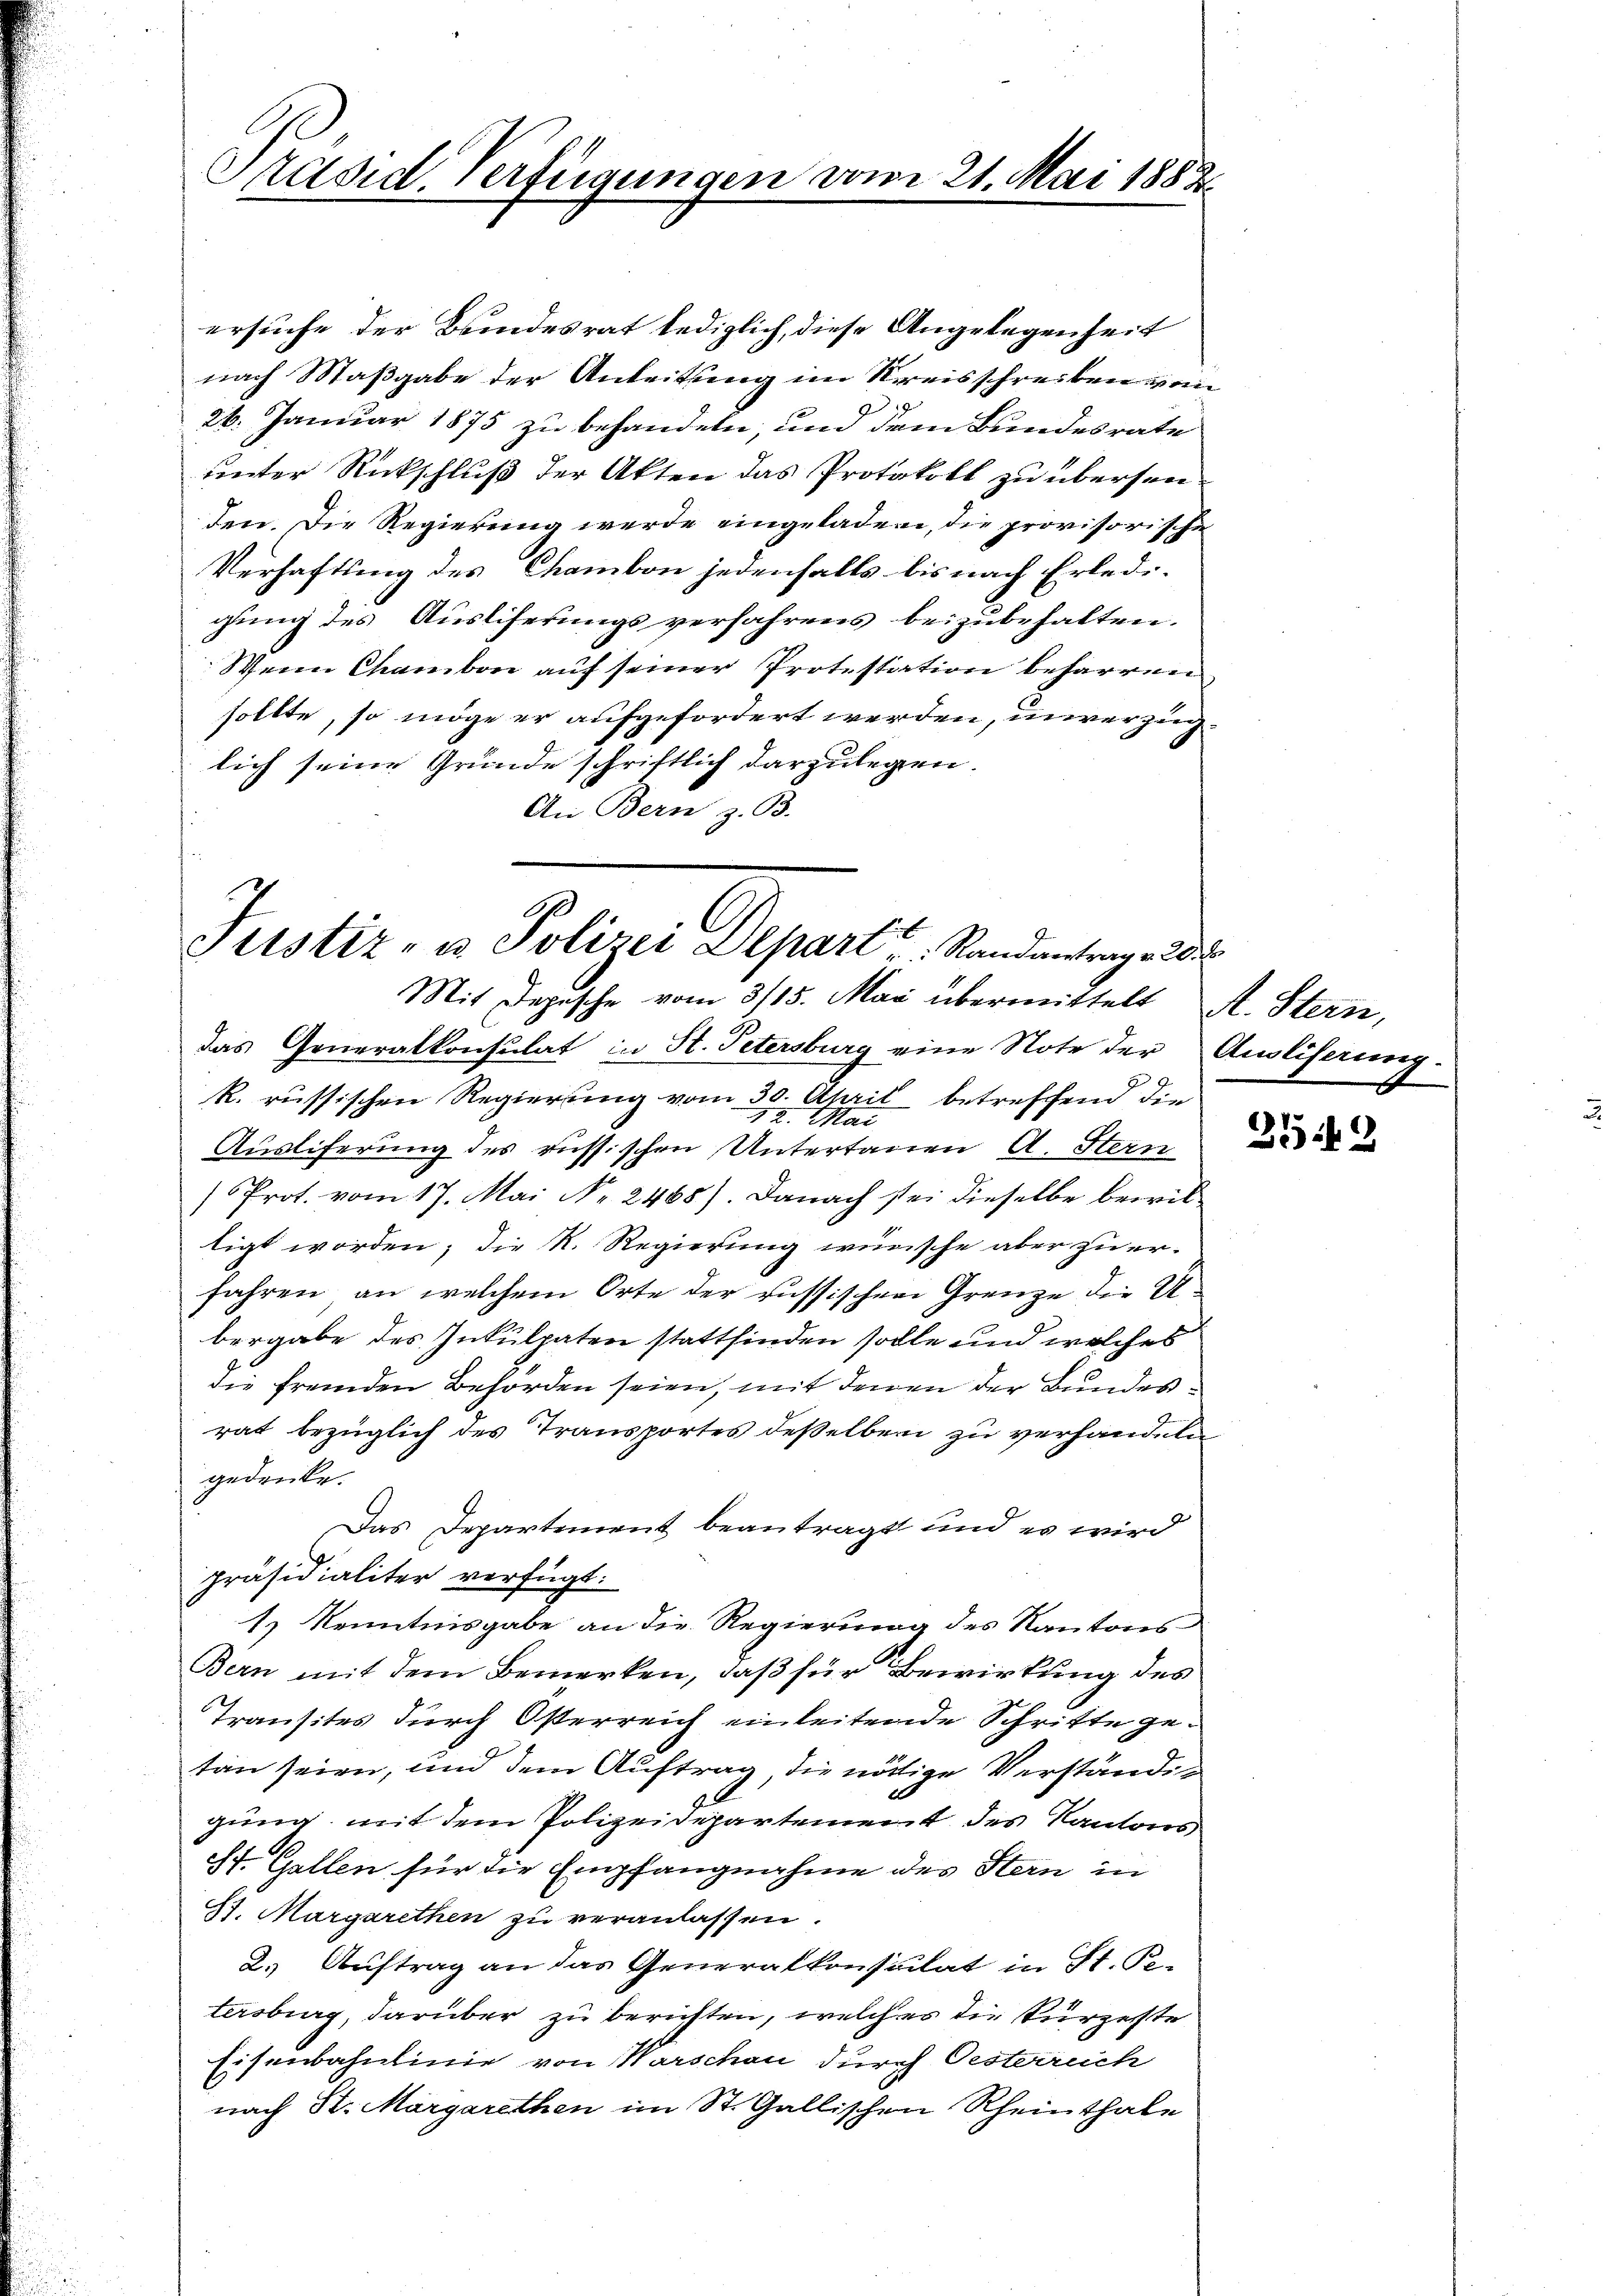
Präsid. Verfügungen.

ersuche der Bundesrat lediglich, diese Angelegenheit
nach Maßgabe der Anleitung im Kreisschreiben vom
26. Januar 1875 zu behandeln, und dem Bundesrate
unter Rückschluß der Akten das Protokoll zu übersen
den. Die Regierung werde eingeladen, die provisorische
Verhaftung des Chambon jedenfalls bis nach Erledigung des Auslieferungsverfahrens beizubehalten.
Wenn Chamben auf seiner Protestation beharren
sollte, so möge er aufgefordert werden, unverzüglich seine Grunde schriftlich darzulegen.
An Bern z. B.

21. Mai 1883.

Justiz- u Polizei Depart u. Randantrag 20 d
Mit Depesche vom 3/15. Mai übermittelt A. Stern,

das Generalkonsulat in St. Petersburg eine Note der Ausliserung.
R. russischen Regierung vom 30. April betreffend die
12. Mai
Ausliferung des russischen Untertanen A. Stern
Prot. vom 17. Mai Nr. 2468). Danach sei dieselbe bewiltigt worden; die R. Regierung wünsche aber zu er-
fahren, an welchem Orte der russischen Grenze die U
bergabe des Inkulpaten stattfinden solle und welches
die fremden Behörden seien, mit denen der Bundesrat bezüglich des Transportes deßelben zu verhandeln
gedenke.
Das Departement beantragt und es wird
präsidialiter verfügt:
1) Kenntnisgabe an die Regierung des Kantons
Bern mit dem Bemerken, daß für Bewirkung des
Transites durch Osterreich einleitende Schritte getan seien, und dem Auftrag, die nöthige Verständig
2
gung, mit dem Polizeidepartement des Kantons¬
St. Gallen für die Empfangnahme des Stern in
8. Margarethen zu veranlassen.
2. Auftrag an das Generalkonsulat in St. Pe-
tersburg, darüber zu berichten, welches die kurzerste
Eisenbahnlinie von Warschau durch Oesterreich
nach St. Margarethen im St. Gallischen Rheinthale

3549